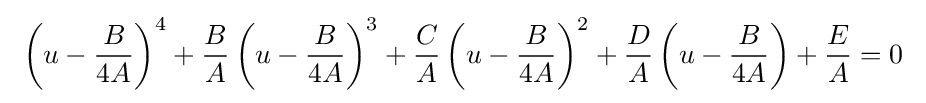
\ \left(u-{B \over 4A}\right)^{4}+{B \over A}\left(u-{B \over 4A}\right)^{3}+{C \over A}\left(u-{B \over 4A}\right)^{2}+{D \over A}\left(u-{B \over 4A}\right)+{E \over A}=0\